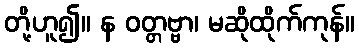
တို့ဟူ၍။ န ဝတ္တဗ္ဗာ၊ မဆိုထိုက်ကုန်။